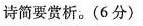
诗简要赏析。(6分)